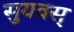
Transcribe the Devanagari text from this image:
सुयवस्